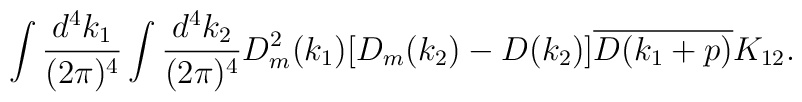
\begin{array}{c}\displaystyle \int\frac{d^4k_1}{(2\pi)^4}\int\frac{d^4k_2}{(2\pi)^4} D_m^2(k_1)[D_m(k_2)-D(k_2)]\overline{D(k_1+p)}K_{12}.\end{array}